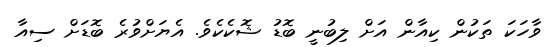
ވާހަކަ ތަކުން ކިއާން އަށް ލިބުނީ ބޮޑު ޝޮކެކެވެ. އެޔަށްވުރެ ބޮޑަށް ސިއާ